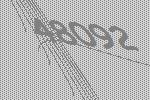
48092